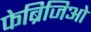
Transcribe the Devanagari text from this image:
फेब्रिजिओ